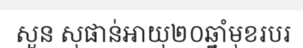
សួន សុផាន់អាយុ២០ឆ្នាំមុខរបរ